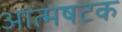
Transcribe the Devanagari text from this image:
आत्मषटक